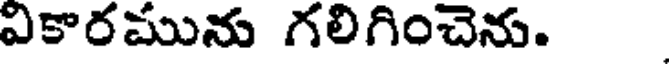
వికారమును గలిగించెను.